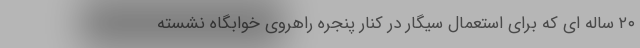
۲۰ ساله ای که برای استعمال سیگار در کنار پنجره راهروی خوابگاه نشسته